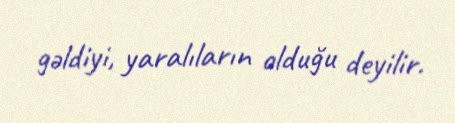
gəldiyi, yaralıların olduğu deyilir.